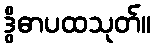
ဒွိဓာပထသုတ်။